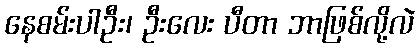
နေစမ်းပါဦး၊ ဦးလေး ပီတာ ဘာဖြစ်လို့လဲ